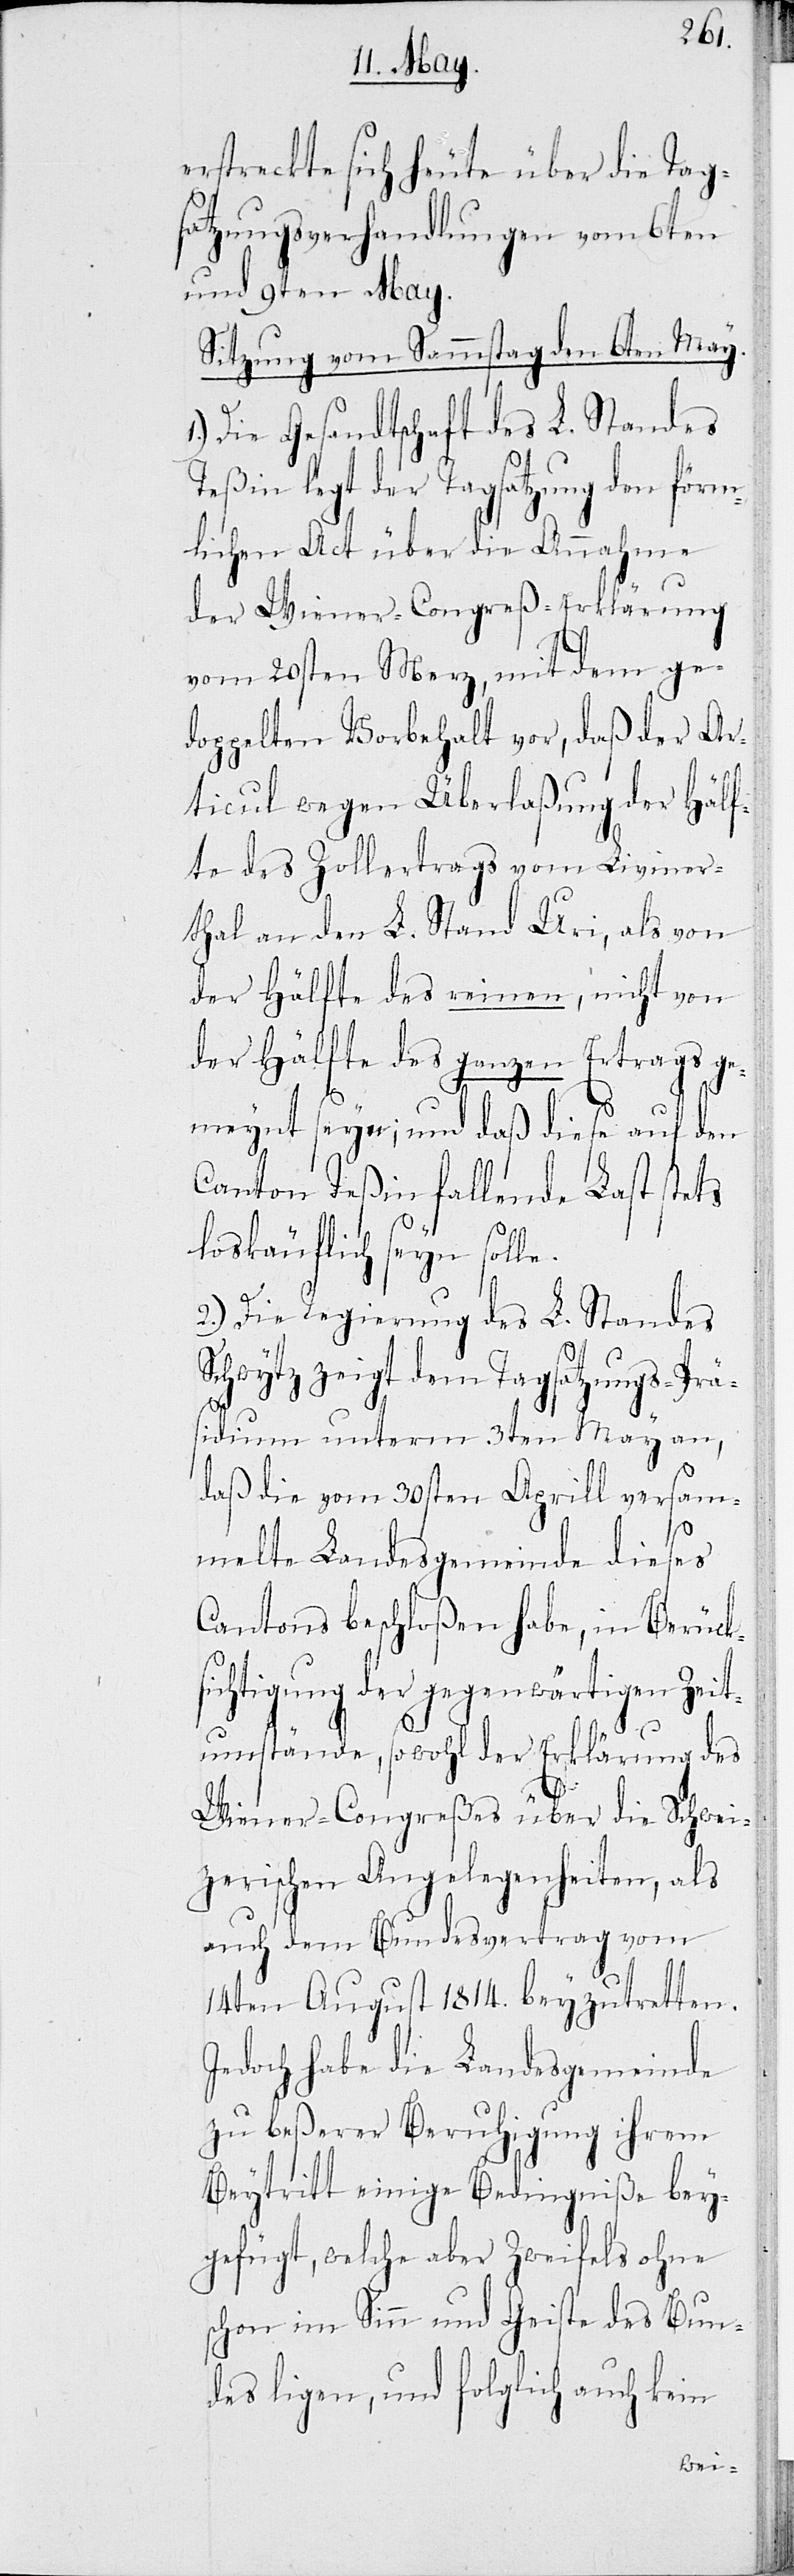
erstrecte sich über die Tag¬
satzungsverhandlungen vom 6ten
und 9ten May.
Sitzung vom Sammstag den 6ten May.
Die Gesandtschaft des L. Standes
Teßin legt der Tagsatzung den förm¬
lichen Act über die Annahme
der Wiener-Congreß-Erklärung
vom 20sten Merz, mit dem ge¬
doppelten Vorbehalt vor, daß der Ar¬
ticul wegen Überlaßung der Hälf¬
te des Zollertrags vom Liviner¬
thal an den L. Stand Uri, als von
der Hälfte des reinen, nicht von
der Hälfte des ganzen Ertrags ge¬
meynt seye; und daß diese auf den
Canton Teßin fallende Last stets
loskäuflich seyn solle.
2.) Die Regierung des L. Standes
Schwytz zeigt dem Tagsatzungsprä¬
sidium unterm 3ten May an,
daß die vom 30sten Aprill versam¬
melte Landsgemeinde dieses
Cantons beschloßen habe, in Berück¬
sichtigung der gegenwärtigen Zeit¬
umstände, sowohl der Erklärung des
Wiener-Congreßes über die Schwei¬
zerischen Angelegenheiten, als
auch dem Bundesvertrag vom
14ten August 1814. beyzutretten.
Jedoch habe die Landsgemeinde
zu beßerer Beruhigung ihrem
Beytritt einige Bedingniße bey¬
gefügt, welche aber Zweifels ohne
schon im Sinn und Geiste des Bun¬
des ligen, und folglich auch kein